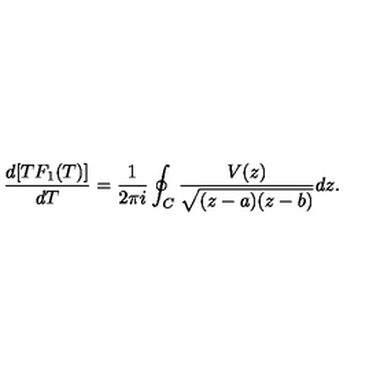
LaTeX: \frac { d [ T F _ { 1 } ( T ) ] } { d T } = \frac { 1 } { 2 \pi i } \oint _ { C } \frac { V ( z ) } { \sqrt { ( z - a ) ( z - b ) } } d z .